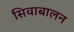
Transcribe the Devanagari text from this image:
सिवाबालन